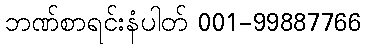
ဘဏ်စာရင်းနံပါတ် 001-99887766